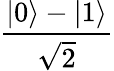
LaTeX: \frac{|0\rangle-|1\rangle}{\sqrt{2}}